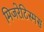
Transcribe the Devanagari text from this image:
मिजरेटिस्मस